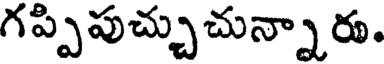
గప్పిపుచ్చుచున్నారు.